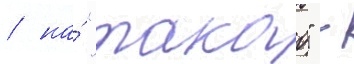
/ на́ "такао" -